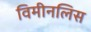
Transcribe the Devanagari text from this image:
विमीनलिस